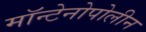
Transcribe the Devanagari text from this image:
मॉन्टेनोपोलीन